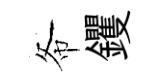
𢁙钁